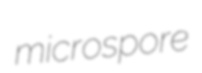
microspore